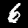
Digit: 6